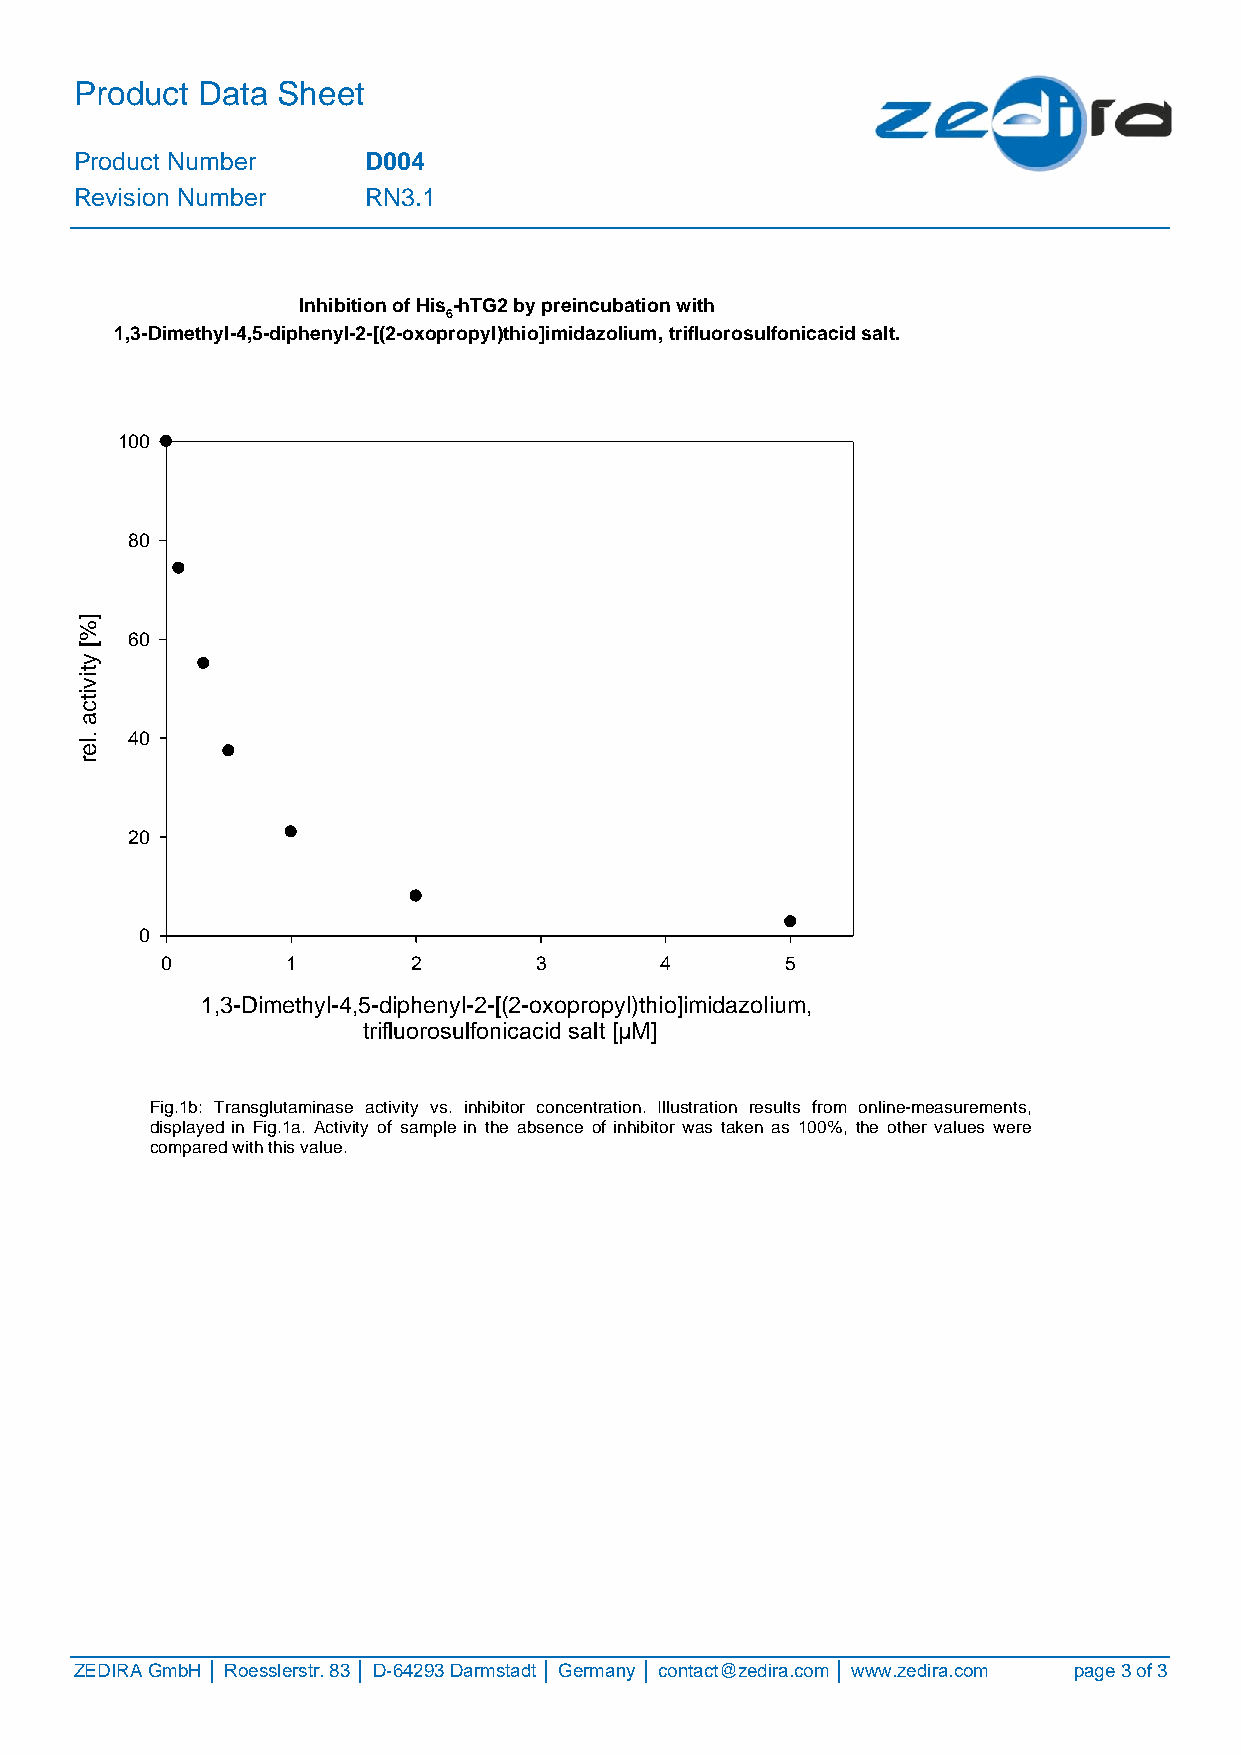
Product Data Sheet
 Product Number     D004
 Revision Number    RN3.1
 Inhibition of His -hTG2 by preincubation with
 6
 1,3-Dimethyl-4,5-diphenyl-2-[(2-oxopropyl)thio]imidazolium, trifluorosulfonicacid salt.
 100
 80
 ]
 %
 60
 [
 y
 t
 vi
 ti
 c
 a
 .  40
 el
 r
 20
 0
 0       1       2       3        4       5
 1,3-Dimethyl-4,5-diphenyl-2-[(2-oxopropyl)thio]imidazolium,
 trifluorosulfonicacid salt [µM]
 Fig.1b: Transglutaminase activity vs. inhibitor concentration. Illustration results from online-measurements,
 displayed in Fig.1a. Activity of sample in the absence of inhibitor was taken as 100%, the other values were
 compared with this value.
 ZEDIRA GmbH │ Roesslerstr. 83 │ D-64293 Darmstadt │ Germany │ contact@zedira.com │ www.zedira.com page 3 of 3